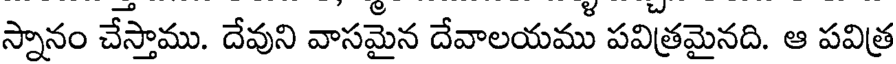
స్నానం చేస్తాము. దేవుని వాసమైన దేవాలయము పవిత్రమైనది. ఆ పవిత్ర